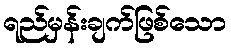
ရည်မှန်းချက်ဖြစ်သော